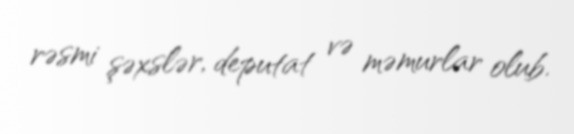
rəsmi şəxslər, deputat və məmurlar olub.